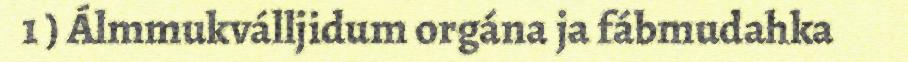
1 ) Álmmukválljidum orgána ja fábmudahka